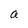
Character: a